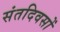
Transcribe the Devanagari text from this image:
संतदिवसों